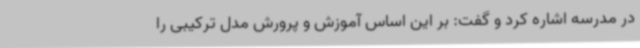
در مدرسه اشاره کرد و گفت: بر این اساس آموزش و پرورش مدل ترکیبی را